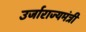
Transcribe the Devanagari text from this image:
उर्जाराज्यमंत्री